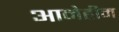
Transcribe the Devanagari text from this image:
आनेहीम